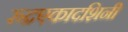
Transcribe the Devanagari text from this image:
रुद्रएकादशिनी